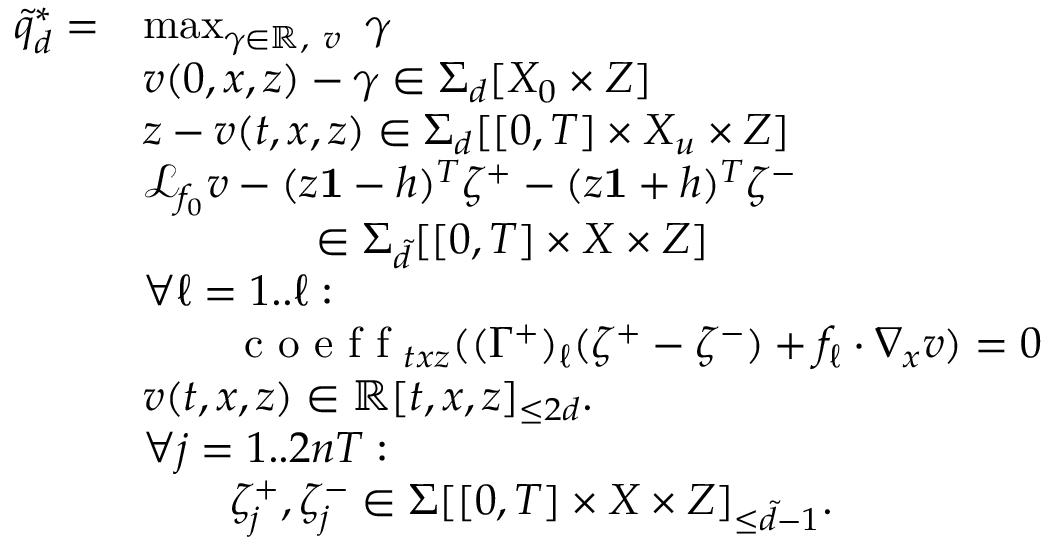
\begin{array} { r l r l } { \tilde { q } _ { d } ^ { * } = } & { \operatorname* { m a x } _ { \gamma \in \mathbb { R } , \ v } \ \gamma } & & { } \\ & { v ( 0 , x , z ) - \gamma \in \Sigma _ { d } [ X _ { 0 } \times Z ] } \\ & { z - v ( t , x , z ) \in \Sigma _ { d } [ [ 0 , T ] \times X _ { u } \times Z ] } \\ & { \mathcal { L } _ { f _ { 0 } } v - ( z \mathbf { 1 } - h ) ^ { T } \zeta ^ { + } - ( z \mathbf { 1 } + h ) ^ { T } \zeta ^ { - } } \\ & { \qquad \qquad \in \Sigma _ { \tilde { d } } [ [ 0 , T ] \times X \times Z ] } \\ & { \forall \ell = 1 . . \ell : } \\ & { \qquad \textrm { c o e f f } _ { t x z } ( ( \Gamma ^ { + } ) _ { \ell } ( \zeta ^ { + } - \zeta ^ { - } ) + f _ { \ell } \cdot \nabla _ { x } v ) = 0 } & & { } \\ & { v ( t , x , z ) \in \mathbb { R } [ t , x , z ] _ { \leq 2 d } . } & & { } \\ & { \forall j = 1 . . 2 n T : \ } \\ & { \qquad \zeta _ { j } ^ { + } , \zeta _ { j } ^ { - } \in \Sigma [ [ 0 , T ] \times X \times Z ] _ { \leq \tilde { d } - 1 } . } & & { } \end{array}